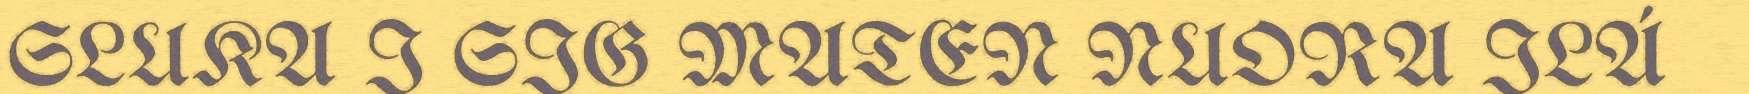
SLUKA I SIG MATEN NUORA ILÁ